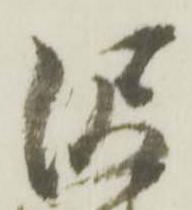
沢